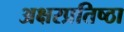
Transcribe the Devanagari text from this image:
अक्षरप्रतिष्ठा